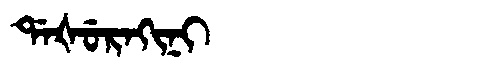
Manchu: ᡩᠠᡧᡠᡵᠠᡴᡳᠨᡳ
Romanization: DAŠURAKINI